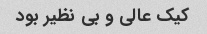
کیک عالی و بی نظیر بود